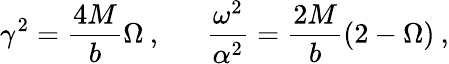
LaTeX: \gamma^{2}=\frac{4M}{b}\Omega\: ,\: \: \: \: \: \: \: \frac{\omega^{2}}{\alpha^{2}}=\frac{2M}{b}(2-\Omega)\: ,